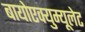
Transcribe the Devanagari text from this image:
बायोएक्युम्यूलेट